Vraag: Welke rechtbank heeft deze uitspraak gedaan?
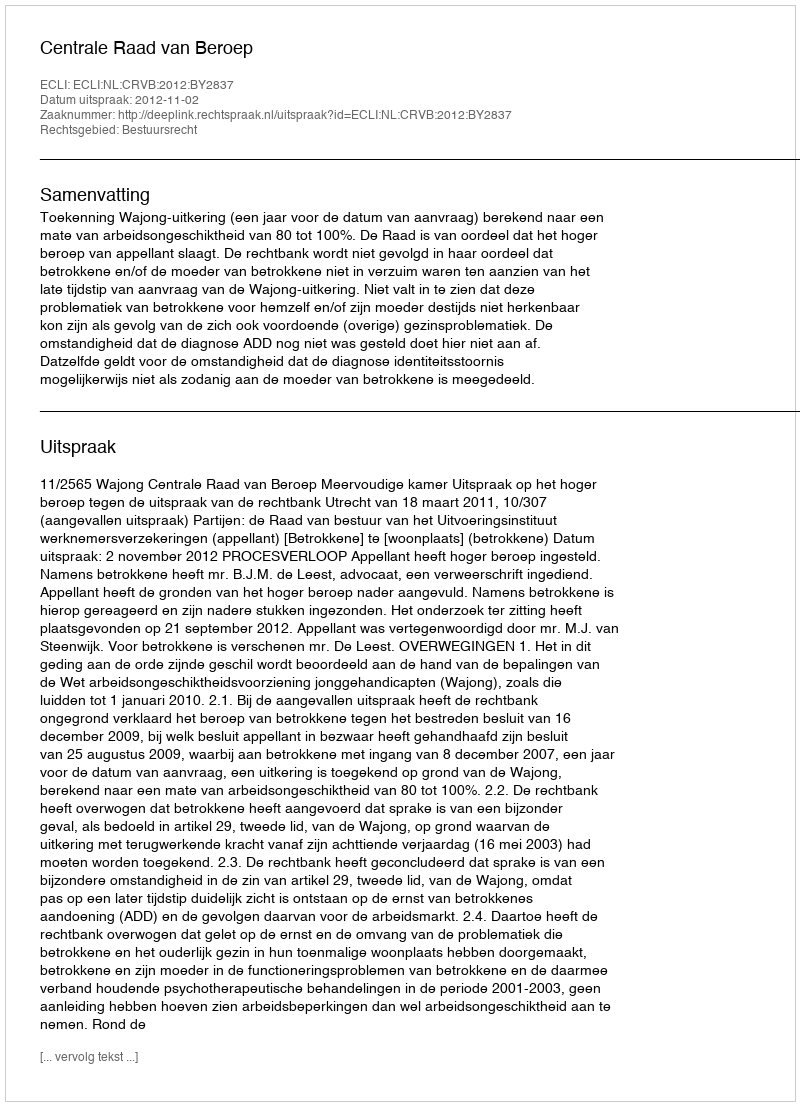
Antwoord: Centrale Raad van Beroep